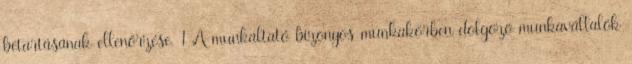
betartásának ellenőrzése. 1 A munkáltató bizonyos munkakörben dolgozó munkavállalók